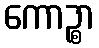
ကောဉ္စာ